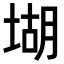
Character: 𡎁